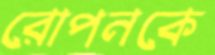
রোপনকে